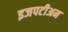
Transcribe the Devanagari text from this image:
इजपटीअम